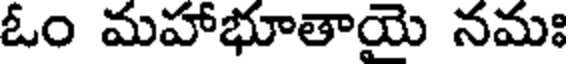
ఓం మహాభూతాయై నమః